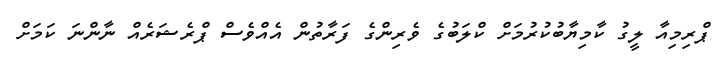
ޕްރިމިއާ ލީގު ކާމިޔާބުކުރުމަށް ކްލަބުގެ ވެރިންގެ ފަރާތުން އެއްވެސް ޕްރެޝަރެއް ނާންނަ ކަމަށް